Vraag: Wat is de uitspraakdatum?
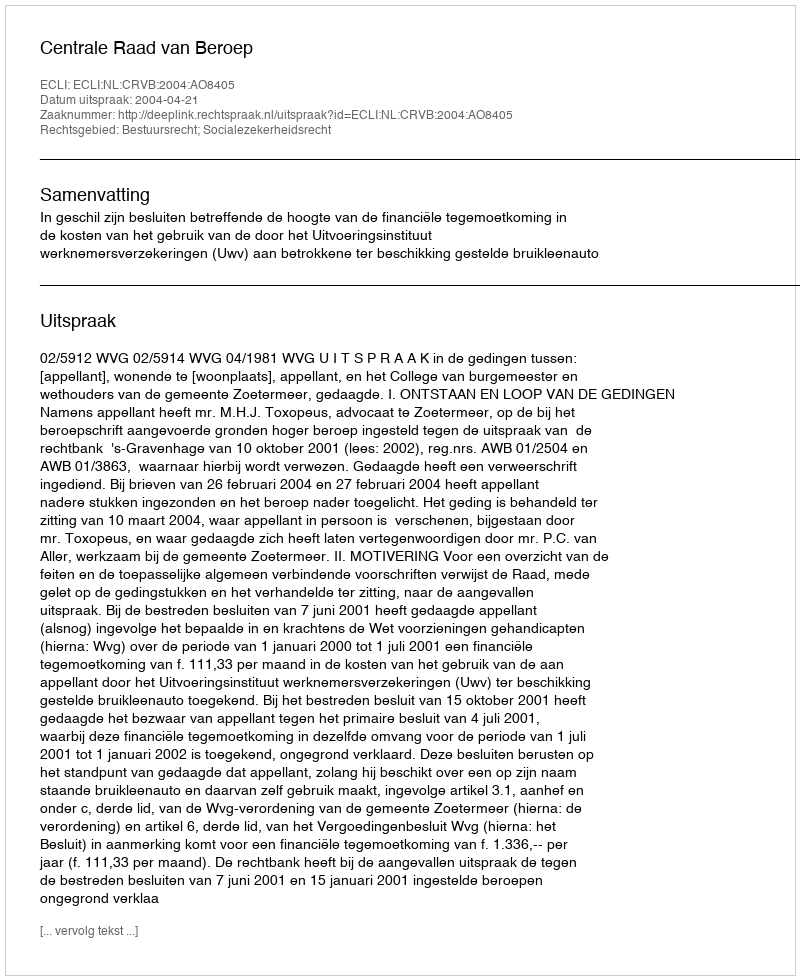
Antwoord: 2004-04-21